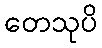
တေသုပိ